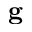
\mathbf { g }